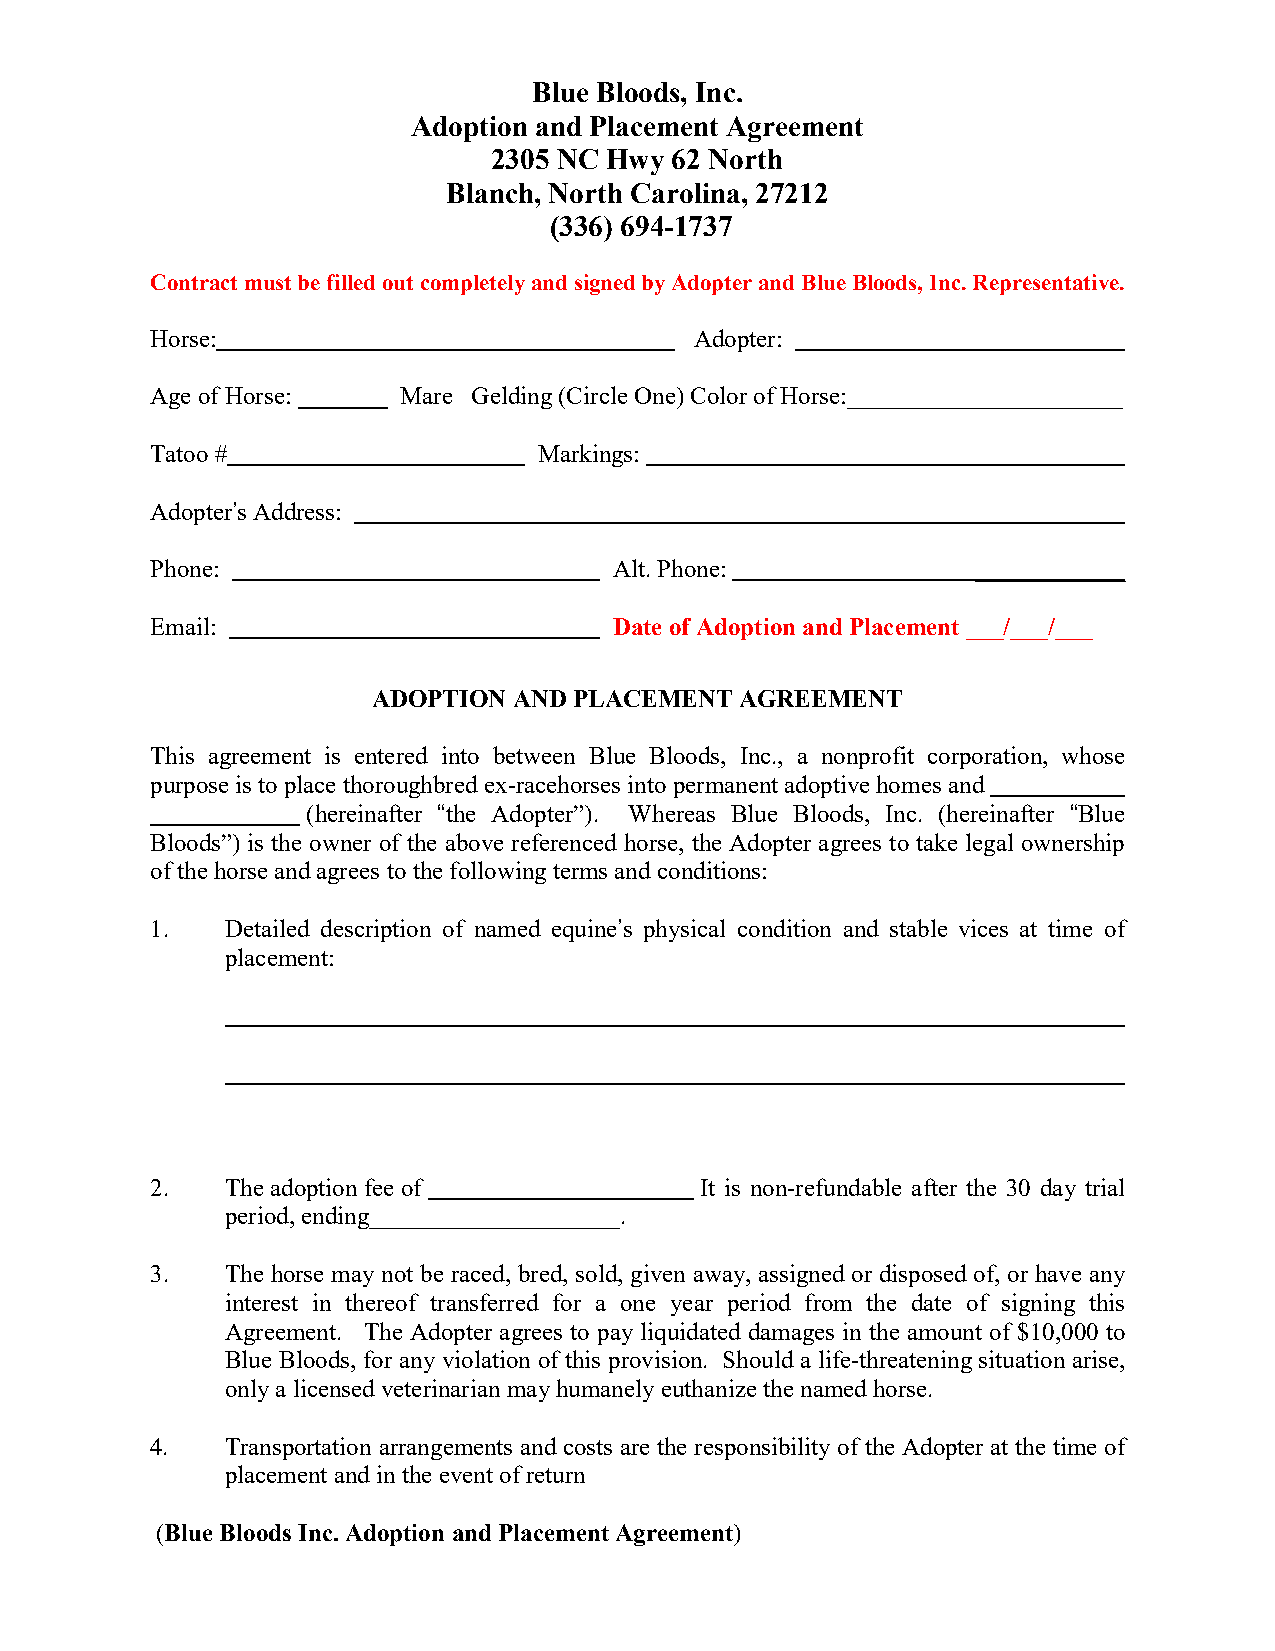
Blue Bloods, Inc.
 Adoption and Placement Agreement
 2305 NC Hwy 62 North
 Blanch, North Carolina, 27212
 (336) 694-1737
 Contract must be filled out completely and signed by Adopter and Blue Bloods, Inc. Representative.
 Horse:                              Adopter:
 Age of Horse:  _ Mare Gelding (Circle One) Color of Horse:______________________
 Tatoo #                   Markings:
 Adopter’s Address:
 Phone:                         Alt. Phone:             ____________
 Email:                         Date of Adoption and Placement ___/___/___
 ADOPTION AND PLACEMENT  AGREEMENT
 This agreement is entered into between Blue Bloods, Inc., a nonprofit corporation, whose
 purpose is to place thoroughbred ex-racehorses into permanent adoptive homes and
 (hereinafter “the Adopter”). Whereas Blue Bloods, Inc. (hereinafter “Blue
 Bloods”) is the owner of the above referenced horse, the Adopter agrees to take legal ownership
 of the horse and agrees to the following terms and conditions:
 1.   Detailed description of named equine’s physical condition and stable vices at time of
 placement:
 2.   The adoption fee of            It is non-refundable after the 30 day trial
 period, ending____________________.
 3.   The horse may not be raced, bred, sold, given away, assigned or disposed of, or have any
 interest in thereof transferred for a one year period from the date of signing this
 Agreement. The Adopter agrees to pay liquidated damages in the amount of $10,000 to
 Blue Bloods, for any violation of this provision. Should a life-threatening situation arise,
 only a licensed veterinarian may humanely euthanize the named horse.
 4.   Transportation arrangements and costs are the responsibility of the Adopter at the time of
 placement and in the event of return
 (Blue Bloods Inc. Adoption and Placement Agreement)